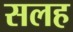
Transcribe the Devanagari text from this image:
सलह